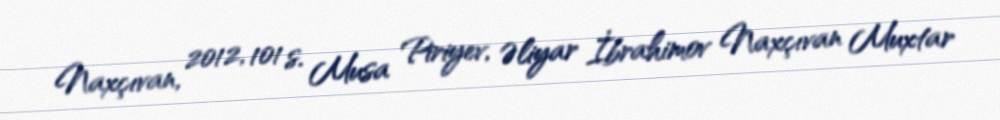
Naxçıvan, 2012, 101 s. Musa Piriyev, Əliyar İbrahimov Naxçıvan Muxtar